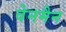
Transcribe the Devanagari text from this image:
वेनमैन